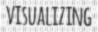
VISUALIZING